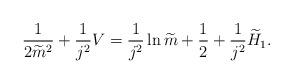
LaTeX: \begin{align*}\frac{1}{2\widetilde{m}^2}+\frac{1}{j^2}V=\frac{1}{j^2}\ln \widetilde{m}+\frac{1}{2}+\frac{1}{j^2}\widetilde{H}_1.\end{align*}